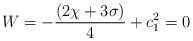
\begin{align*}W = - \frac{(2\chi + 3 \sigma)}{4} + c_{1}^{2} = 0\end{align*}